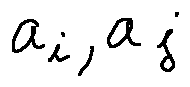
a _ { i } , a _ { j }